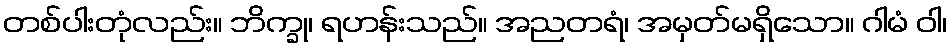
တစ်ပါးတုံလည်း။ ဘိက္ခု၊ ရဟန်းသည်။ အညတရံ၊ အမှတ်မရှိသော။ ဂါမံ ဝါ၊